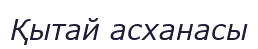
Қытай асханасы